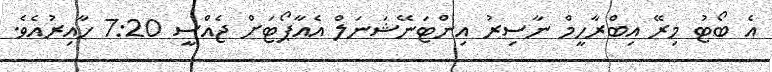
އެ ބޯޓު މިރޭ އިބްރާހީމް ނާސިރު އިންޓަނޭޝަނަލް އެއާޕޯޓަށް ޖެއްސީ 7:20 ހާއިރުއެވެ.